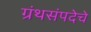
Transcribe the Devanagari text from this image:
ग्रंथसंपदेचे